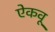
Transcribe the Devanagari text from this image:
ऐकवू